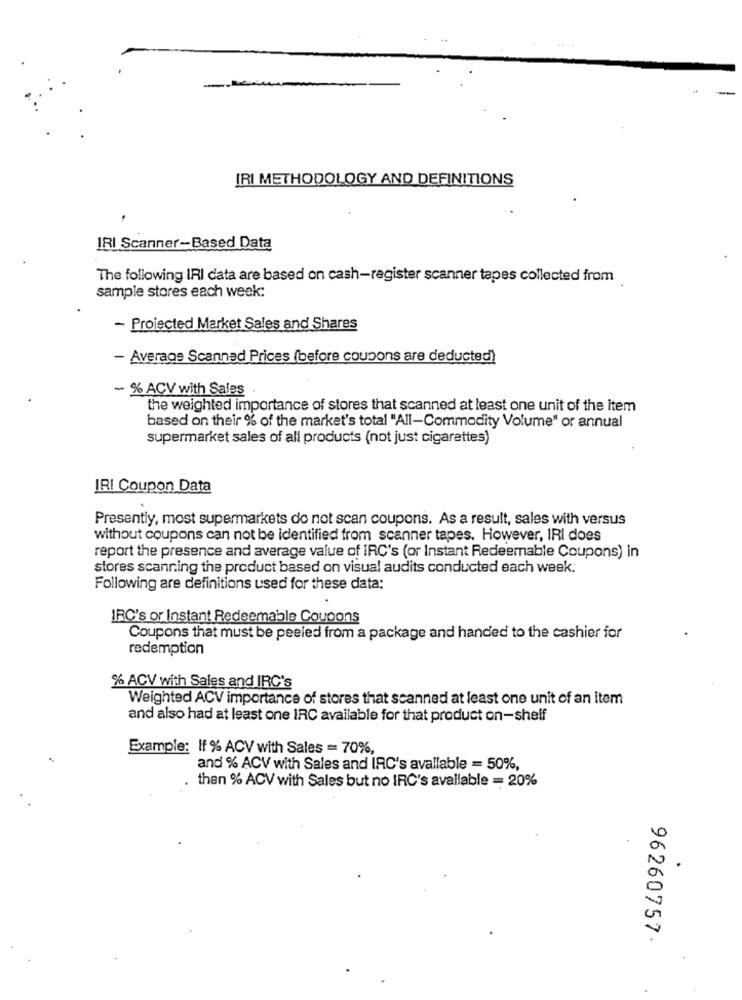
-
IRI METHODOLOGY AND DEFINITIONS
IRI Scanner-Based Data
The following IRI data are based on cash-register scanner tapes collected from
sample stores each week:
- Projected Market Sales and Shares
- Average Scanned Prices (before coupons are deducted)
- % ACV with Sales
the weighted importance of stores that scanned at least one unit of the item
based on their % of the market's total "All-Commodity Volume" or annual
supermarket sales of all products (not just cigarettes)
IRI Coupon Data
Presently, most supermarkets do not scan coupons. As a result, sales with versus
without coupons can not be identified from scanner tapes. However, IRI does
report the presence and average value of IRC's (or Instant Redeemable Coupons) in
stores scanning the product based on visual audits conducted each week.
Following are definitions used for these data:
IRC's or Instant Redeemable Coupons
Coupons that must be peeled from a package and handed to the cashier for
redemption
% ACV with Sales and IRC's
Weighted ACV importance of stores that scanned at least one unit of an item
and also had at least one IRC available for that product on-shelf
Example: If % ACV with Sales = 70%,
and % ACV with Sales and IAC's available = 50%,
then % ACV with Sales but no IRC's available = 20%
96260757.